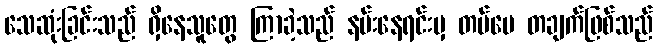
သေဆုံးခြင်းသည် ရှိနေသူတွေ ကြာခဲ့သည် နမ်းနေရင်းမှ တပ်မေ တချက်ဖြစ်သည်